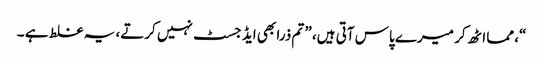
“، مما اٹھ کر میرے پاس آتی ہیں، ” تم ذرا بھی ایڈ جسٹ نہیں کرتے، یہ غلط ہے ۔